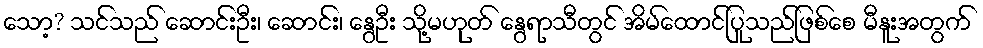
သော့? သင်သည် ဆောင်းဦး၊ ဆောင်း၊ နွေဦး သို့မဟုတ် နွေရာသီတွင် အိမ်ထောင်ပြုသည်ဖြစ်စေ မီနူးအတွက်